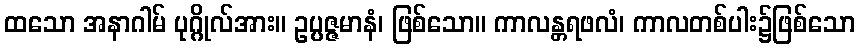
ထသော အနာဂါမ် ပုဂ္ဂိုလ်အား။ ဥပ္ပဇ္ဇမာနံ၊ ဖြစ်သော။ ကာလန္တရဖလံ၊ ကာလတစ်ပါး၌ဖြစ်သော